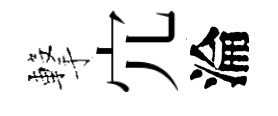
撃宂淪